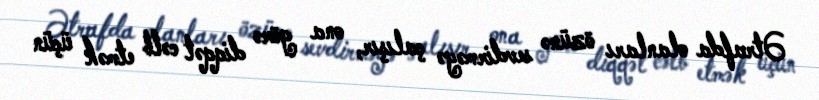
Ətrafda olanları özünə sevdirməyə çalışır, ona görə diqqət cəlb etmək üçün